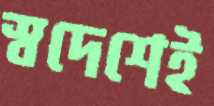
স্বদেশেই